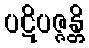
ပဋိပဇ္ဇန္တိ